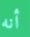
أنه